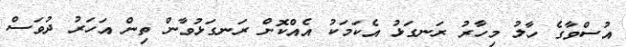
އުސްވާގެ ހާލު މިހާރު ރަނގަޅު އެކަމަކު އެއްކޮށް ރަނގަޅުވާން ތިން އަހަރު ދުވަސް